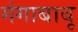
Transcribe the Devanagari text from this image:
गंगाबाबू